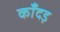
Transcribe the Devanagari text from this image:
काँदड़